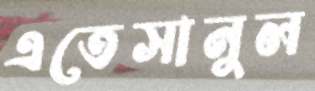
এতেসানুল